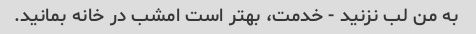
به من لب نزنید - خدمت، بهتر است امشب در خانه بمانید.